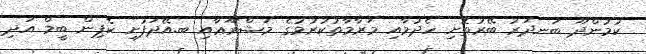
ކުމުންދޫ ބަނދަރު ބޭރުތޮށި ހެދުމާއި މަރާމާތުކުރުމުގެ މަޝްރޫޢާއި ބ.އޭދަފުށި ކެޕިން ބީމް އަދި